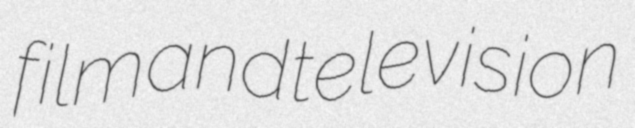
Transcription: film and television